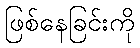
ဖြစ်နေခြင်းကို